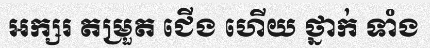
អក្សរ តម្រួត ជើង ហើយ ថ្នាក់ ទាំង